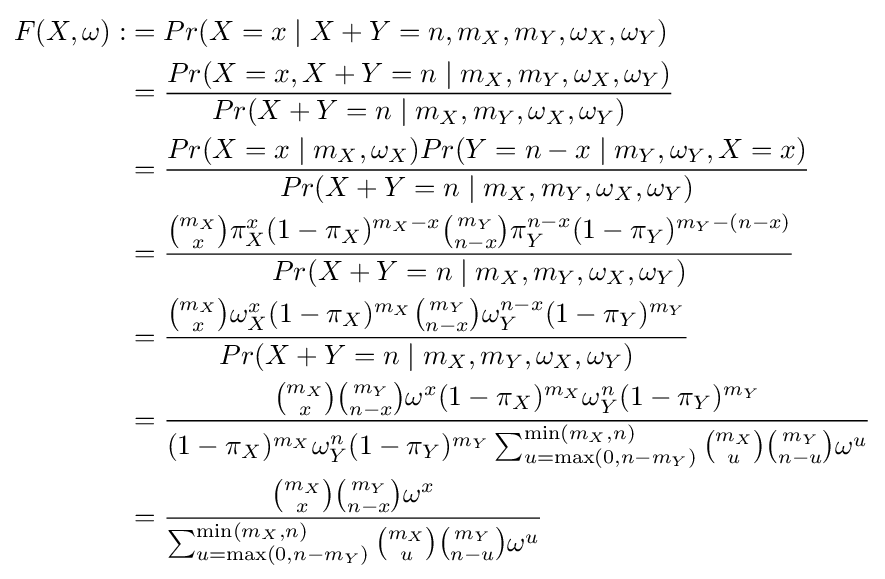
{\begin{aligned}F(X,\omega ):&=Pr(X=x\;|\;X+Y=n,m_{X},m_{Y},\omega _{X},\omega _{Y})\\&={\frac {Pr(X=x,X+Y=n\;|\;m_{X},m_{Y},\omega _{X},\omega _{Y})}{Pr(X+Y=n\;|\;m_{X},m_{Y},\omega _{X},\omega _{Y})}}\\&={\frac {Pr(X=x\;|\;m_{X},\omega _{X})Pr(Y=n-x\;|\;m_{Y},\omega _{Y},X=x)}{Pr(X+Y=n\;|\;m_{X},m_{Y},\omega _{X},\omega _{Y})}}\\&={\frac {{\binom {m_{X}}{x}}\pi _{X}^{x}(1-\pi _{X})^{m_{X}-x}{\binom {m_{Y}}{n-x}}\pi _{Y}^{n-x}(1-\pi _{Y})^{m_{Y}-(n-x)}}{Pr(X+Y=n\;|\;m_{X},m_{Y},\omega _{X},\omega _{Y})}}\\&={\frac {{\binom {m_{X}}{x}}\omega _{X}^{x}(1-\pi _{X})^{m_{X}}{\binom {m_{Y}}{n-x}}\omega _{Y}^{n-x}(1-\pi _{Y})^{m_{Y}}}{Pr(X+Y=n\;|\;m_{X},m_{Y},\omega _{X},\omega _{Y})}}\\&={\frac {{\binom {m_{X}}{x}}{\binom {m_{Y}}{n-x}}\omega ^{x}(1-\pi _{X})^{m_{X}}\omega _{Y}^{n}(1-\pi _{Y})^{m_{Y}}}{(1-\pi _{X})^{m_{X}}\omega _{Y}^{n}(1-\pi _{Y})^{m_{Y}}\sum _{u=\max(0,n-m_{Y})}^{\min(m_{X},n)}{\binom {m_{X}}{u}}{\binom {m_{Y}}{n-u}}\omega ^{u}}}\\&={\frac {{\binom {m_{X}}{x}}{\binom {m_{Y}}{n-x}}\omega ^{x}}{\sum _{u=\max(0,n-m_{Y})}^{\min(m_{X},n)}{\binom {m_{X}}{u}}{\binom {m_{Y}}{n-u}}\omega ^{u}}}\end{aligned}}